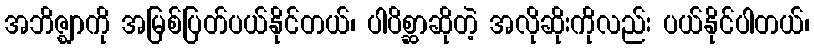
အဘိဇ္ဈာကို အမြစ်ပြတ်ပယ်နိုင်တယ်၊ ပါပိစ္ဆာဆိုတဲ့ အလိုဆိုးကိုလည်း ပယ်နိုင်ပါတယ်၊